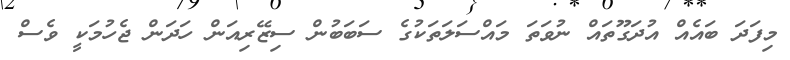
މިފަދަ ބައެއް އުދަގޫތައް ނުވަތަ މައްސަލަތަކުގެ ސަބަބުން ސިޒޭރިއަން ހަދަން ޖެހުމަކީ ވެސް